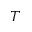
T